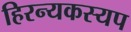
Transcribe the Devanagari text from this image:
हिरन्यकस्यप